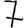
Digit: 7